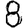
Digit: 8